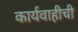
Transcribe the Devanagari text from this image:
कार्यवाहीची